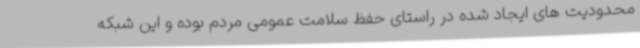
محدودیت های ایجاد شده در راستای حفظ سلامت عمومی مردم بوده و این شبکه